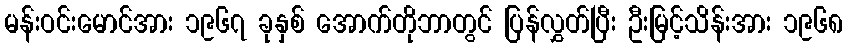
မန်းဝင်းမောင်အား ၁၉၆၇ ခုနှစ် အောက်တိုဘာတွင် ပြန်လွှတ်ပြီး ဦးမြင့်သိန်းအား ၁၉၆၈